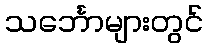
သင်္ဘောများတွင်